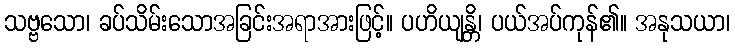
သဗ္ဗသော၊ ခပ်သိမ်းသောအခြင်းအရာအားဖြင့်။ ပဟိယျန္တိ၊ ပယ်အပ်ကုန်၏။ အနုသယာ၊